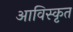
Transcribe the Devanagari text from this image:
आविस्कृत